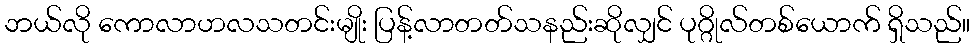
ဘယ်လို ကောလာဟလသတင်းမျိုး ပြန့်လာတတ်သနည်းဆိုလျှင် ပုဂ္ဂိုလ်တစ်ယောက် ရှိသည်။